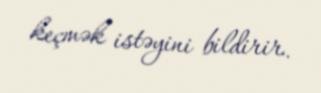
keçmək istəyini bildirir.